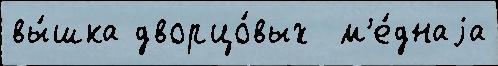
вы́шка дворцо́вых  м'е́днаjа